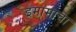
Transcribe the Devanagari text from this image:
इमामाचा